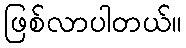
ဖြစ်လာပါတယ်။